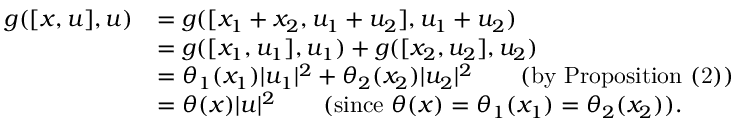
\begin{array} { r l } { g ( [ x , u ] , u ) } & { = g ( [ x _ { 1 } + x _ { 2 } , u _ { 1 } + u _ { 2 } ] , u _ { 1 } + u _ { 2 } ) } \\ & { = g ( [ x _ { 1 } , u _ { 1 } ] , u _ { 1 } ) + g ( [ x _ { 2 } , u _ { 2 } ] , u _ { 2 } ) } \\ & { = \theta _ { 1 } ( x _ { 1 } ) | u _ { 1 } | ^ { 2 } + \theta _ { 2 } ( x _ { 2 } ) | u _ { 2 } | ^ { 2 } \qquad \mathrm { ( b y ~ P r o p o s i t i o n ~ ( 2 ) ) } } \\ & { = \theta ( x ) | u | ^ { 2 } \qquad ( \mathrm { s i n c e } \ \theta ( x ) = \theta _ { 1 } ( x _ { 1 } ) = \theta _ { 2 } ( x _ { 2 } ) ) . } \end{array}